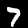
Label: 7